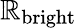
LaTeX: \mathbb{R}_{\mathrm{{bright}}}